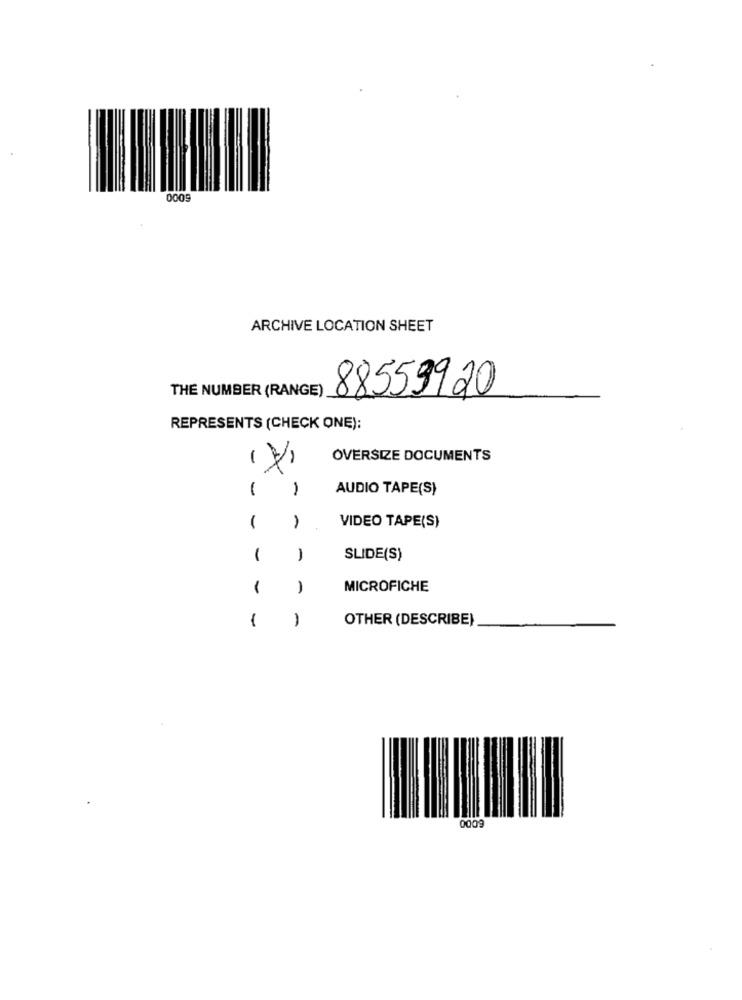
0009
ARCHIVE LOCATION SHEET
THE NUMBER (RANGE)
88559920
REPRESENTS (CHECK ONE);
-
OVERSIZE DOCUMENTS
1
AUDIO TAPE(S)
1
1
VIDEO TAPE(S)
1
)
SLIDE(S)
-
MICROFICHE
-
OTHER (DESCRIBE)
0009